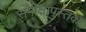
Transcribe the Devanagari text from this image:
समीक्षापुस्तक